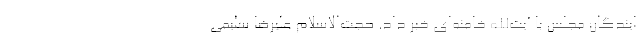
ایندگان مجلس با آیت‌الله خامنه‌ای خبر داد. حجت‌الاسلام علیرضا سلیمی